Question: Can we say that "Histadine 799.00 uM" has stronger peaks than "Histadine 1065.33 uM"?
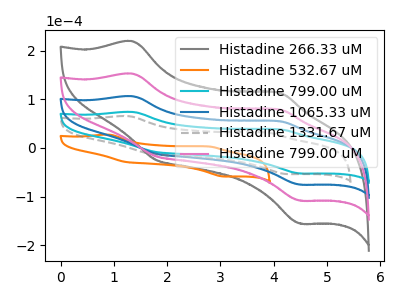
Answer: <think>The gray curve "Histadine 266.33 uM" has anodic peaks at (1.35V, 319.30uA) (4.10V, 165.30uA) and cathodic peaks at (1.80V, -35.20uA) (4.50V, -226.55uA). The orange curve "Histadine 532.67 uM" has anodic peaks at (0.90V, 27.30uA) (2.80V, 3.05uA) and cathodic peaks at (1.20V, -28.50uA) (3.05V, -58.65uA). The cyan curve "Histadine 799.00 uM" has anodic peaks at (1.35V, 74.10uA) (4.10V, 38.35uA) and cathodic peaks at (1.80V, -8.15uA) (4.50V, -52.60uA). The blue curve "Histadine 1065.33 uM" has anodic peaks at (1.35V, 106.45uA) (4.10V, 55.10uA) and cathodic peaks at (1.80V, -11.75uA) (4.50V, -75.50uA). The gray dashed curve "Histadine 1331.67 uM" has anodic peaks at (1.25V, 65.50uA) (3.85V, 31.90uA) and cathodic peaks at (1.70V, -11.90uA) (4.25V, -53.70uA). The pink curve "Histadine 799.00 uM" has anodic peaks at (1.35V, 212.85uA) (4.10V, 110.20uA) and cathodic peaks at (1.80V, -23.45uA) (4.50V, -151.00uA).</think>
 <answer>Every peak in "Histadine 799.00 uM" is lower than every peak in "Histadine 1065.33 uM".</answer>
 <eval>lower</eval>